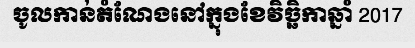
ចូលកាន់តំណែងនៅក្នុងខែវិច្ឆិកាឆ្នាំ 2017